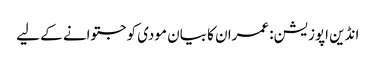
انڈین اپوزیشن: عمران کا بیان مودی کو جتوانے کے لیے